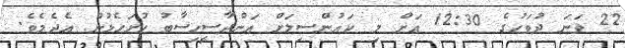
22 ވަނަ ދުވަހުގެ 12:30 އަށް މި ކައުންސިލަށް އަންދާސީހިސާބު ހުށަހެޅުން އެދެމެވެ.